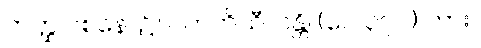
တတ္ထ ဝစနေ၊ ၌။ ပကတိသီလန္တိ၊ (ပေ ၃၇၁) ကား။